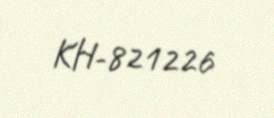
KH-821226